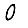
Digit: 0